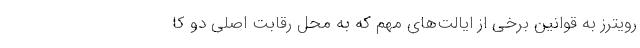
رویترز به قوانین برخی از ایالت‌های مهم که به محل رقابت اصلی دو کا